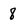
Character: 8